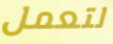
لتعمل